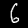
Label: 6